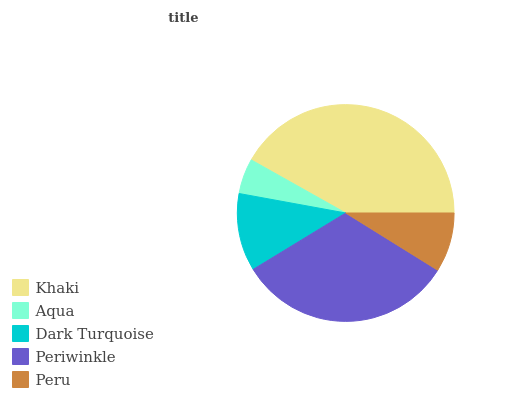
| Khaki | Aqua | Dark Turquoise | Periwinkle | Peru |
 | --- | --- | --- | --- | --- |
 | 41.8% | 5.27% | 11.6% | 32.5% | 8.85% |